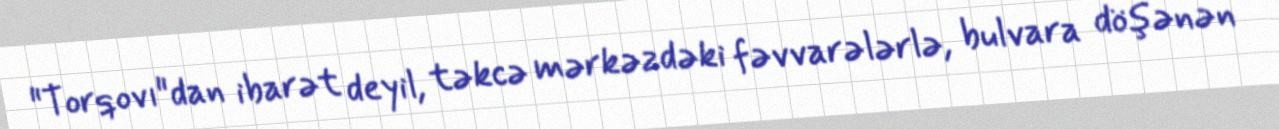
"Torqovı"dan ibarət deyil, təkcə mərkəzdəki fəvvarələrlə, bulvara döşənən